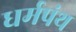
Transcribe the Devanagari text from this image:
धर्मपंथ